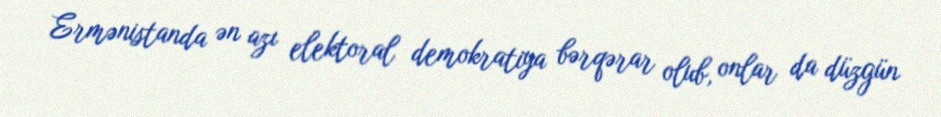
Ermənistanda ən azı elektoral demokratiya bərqərar olub, onlar da düzgün